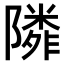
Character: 𨼺